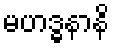
မဟဒ္ဓနာနိ